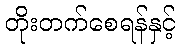
တိုးတက်စေရန်နှင့်